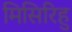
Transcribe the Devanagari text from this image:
मिसिरिहु